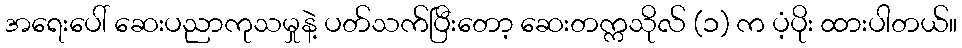
အရေးပေါ် ဆေးပညာကုသမှုနဲ့ ပတ်သက်ပြီးတော့ ဆေးတက္ကသိုလ် (၁) က ပံ့ပိုး ထားပါတယ်။